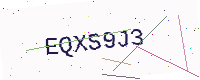
Text: EQXS9J3